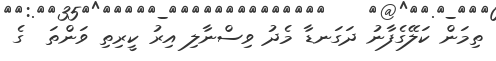
ތިމަން ކަލޭގެފާނު ދަގަނޑާ މެދު ވިސްނާލި އިރު ކީރިތި ވަންތަ  ގެ